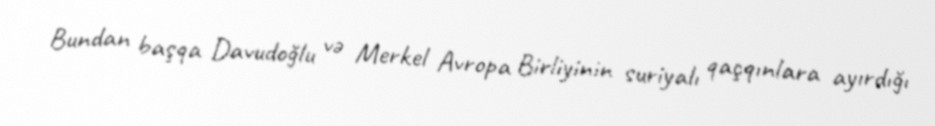
Bundan başqa Davudoğlu və Merkel Avropa Birliyinin suriyalı qaçqınlara ayırdığı